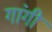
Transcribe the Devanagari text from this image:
गांगी